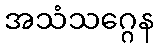
အသံသဂ္ဂေန